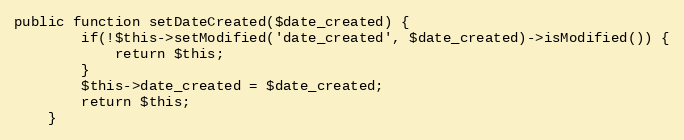
Language: PHP
public function setDateCreated($date_created) {
        if(!$this->setModified('date_created', $date_created)->isModified()) {
            return $this;
        }
		$this->date_created = $date_created;
		return $this;
    }